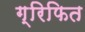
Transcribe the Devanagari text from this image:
ग्रिफित